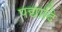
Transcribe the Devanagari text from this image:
पद्यादि